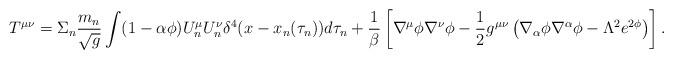
LaTeX: \begin{align*}T^{\mu\nu}=\Sigma_n\frac{m_n}{\sqrt{g}}\int(1-\alpha\phi)U^{\mu}_nU^{\nu}_n\delta^4(x-x_n(\tau_n))d\tau_n+\frac{1}{\beta}\left[\nabla^{\mu}\phi\nabla^{\nu}\phi-\frac{1}{2}g^{\mu\nu}\left(\nabla_{\alpha}\phi\nabla^{\alpha}\phi-\Lambda^2 e^{2\phi}\right)\right] .\end{align*}